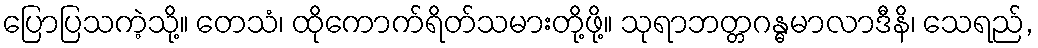
ပြောပြသကဲ့သို့။ တေသံ၊ ထိုကောက်ရိတ်သမားတို့ဖို့။ သုရာဘတ္တဂန္ဓမာလာဒီနိ၊ သေရည်,